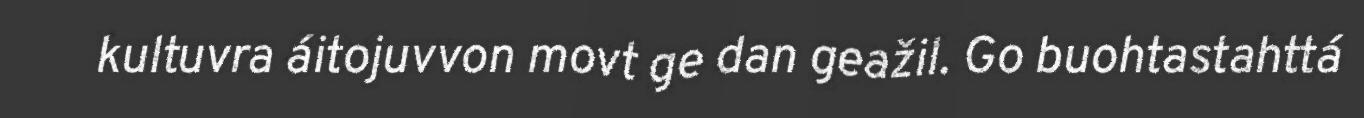
kultuvra áitojuvvon movt ge dan geažil. Go buohtastahttá